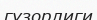
гузорлиги